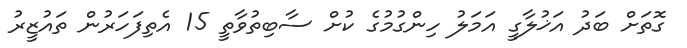
ގޮތަށް ބަދު އަޚުލާގީ އަމަލު ހިންގުމުގެ ކުށް ސާބިތުވާތީ 15 އެތިފަހަރުން ތައުޒީރު